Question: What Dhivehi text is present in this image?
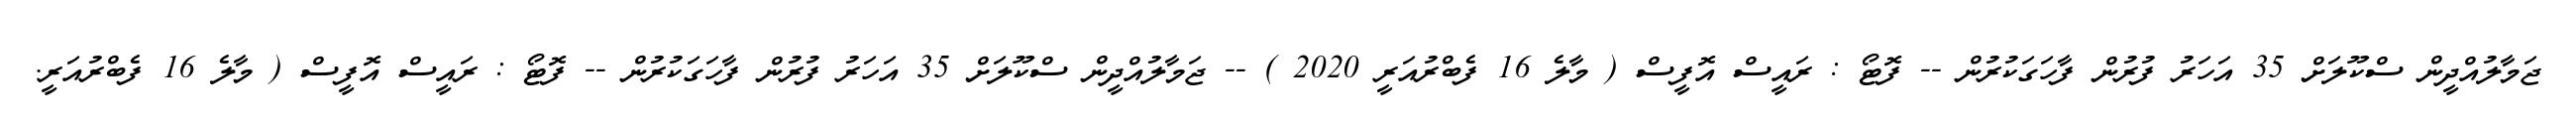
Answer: ޖަމާލުއްދީން ސްކޫލަށް 35 އަހަރު ފުރުން ފާހަގަކުރުން -- ފޮޓޯ : ރައީސް އޮފީސް ( މާލެ 16 ފެބްރުއަރީ 2020 ) -- ޖަމާލުއްދީން ސްކޫލަށް 35 އަހަރު ފުރުން ފާހަގަކުރުން -- ފޮޓޯ : ރައީސް އޮފީސް ( މާލެ 16 ފެބްރުއަރީ.